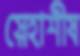
স্নেহাশীষ